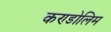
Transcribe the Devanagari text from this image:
कण्डोलिम